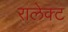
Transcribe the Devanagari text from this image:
रालेक्ट